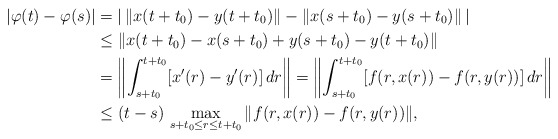
\begin{align*}|\varphi(t)-\varphi(s)|& =| \, \|x(t+t_0)-y(t+t_0)\|-\|x(s+t_0)-y(s+t_0)\| \, | \\& \le \| x(t+t_0)-x(s+t_0)+y(s+t_0)-y(t+t_0)\| \\&= \left\| \int_{s+t_0}^{t+t_0}[x'(r)-y'(r)] \, dr \right\| =\left\| \int_{s+t_0}^{t+t_0}[f(r,x(r))-f(r,y(r))] \, dr \right\| \\& \le (t-s) \, \max_{s+t_0 \le r \le t+t_0}\|f(r,x(r))-f(r,y(r))\|,\end{align*}